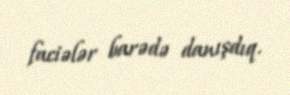
faciələr barədə danışdıq.